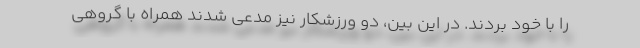
را با خود بردند. در این بین، دو ورزشکار نیز مدعی شدند همراه با گروهی